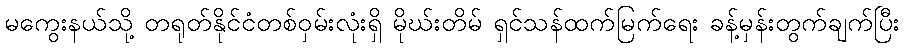
မကွေးနယ်သို့ တရုတ်နိုင်ငံတစ်ဝှမ်းလုံးရှိ မိုဃ်းတိမ် ရှင်သန်ထက်မြက်ရေး ခန့်မှန်းတွက်ချက်ပြီး